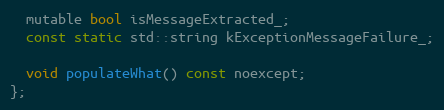
Language: C
  mutable bool isMessageExtracted_;
  const static std::string kExceptionMessageFailure_;

  void populateWhat() const noexcept;
};